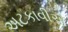
અટકાવીએ